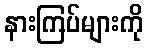
နားကြပ်များကို